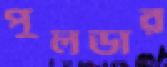
পুলডার